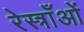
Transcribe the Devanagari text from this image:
रेस्त्राँओं